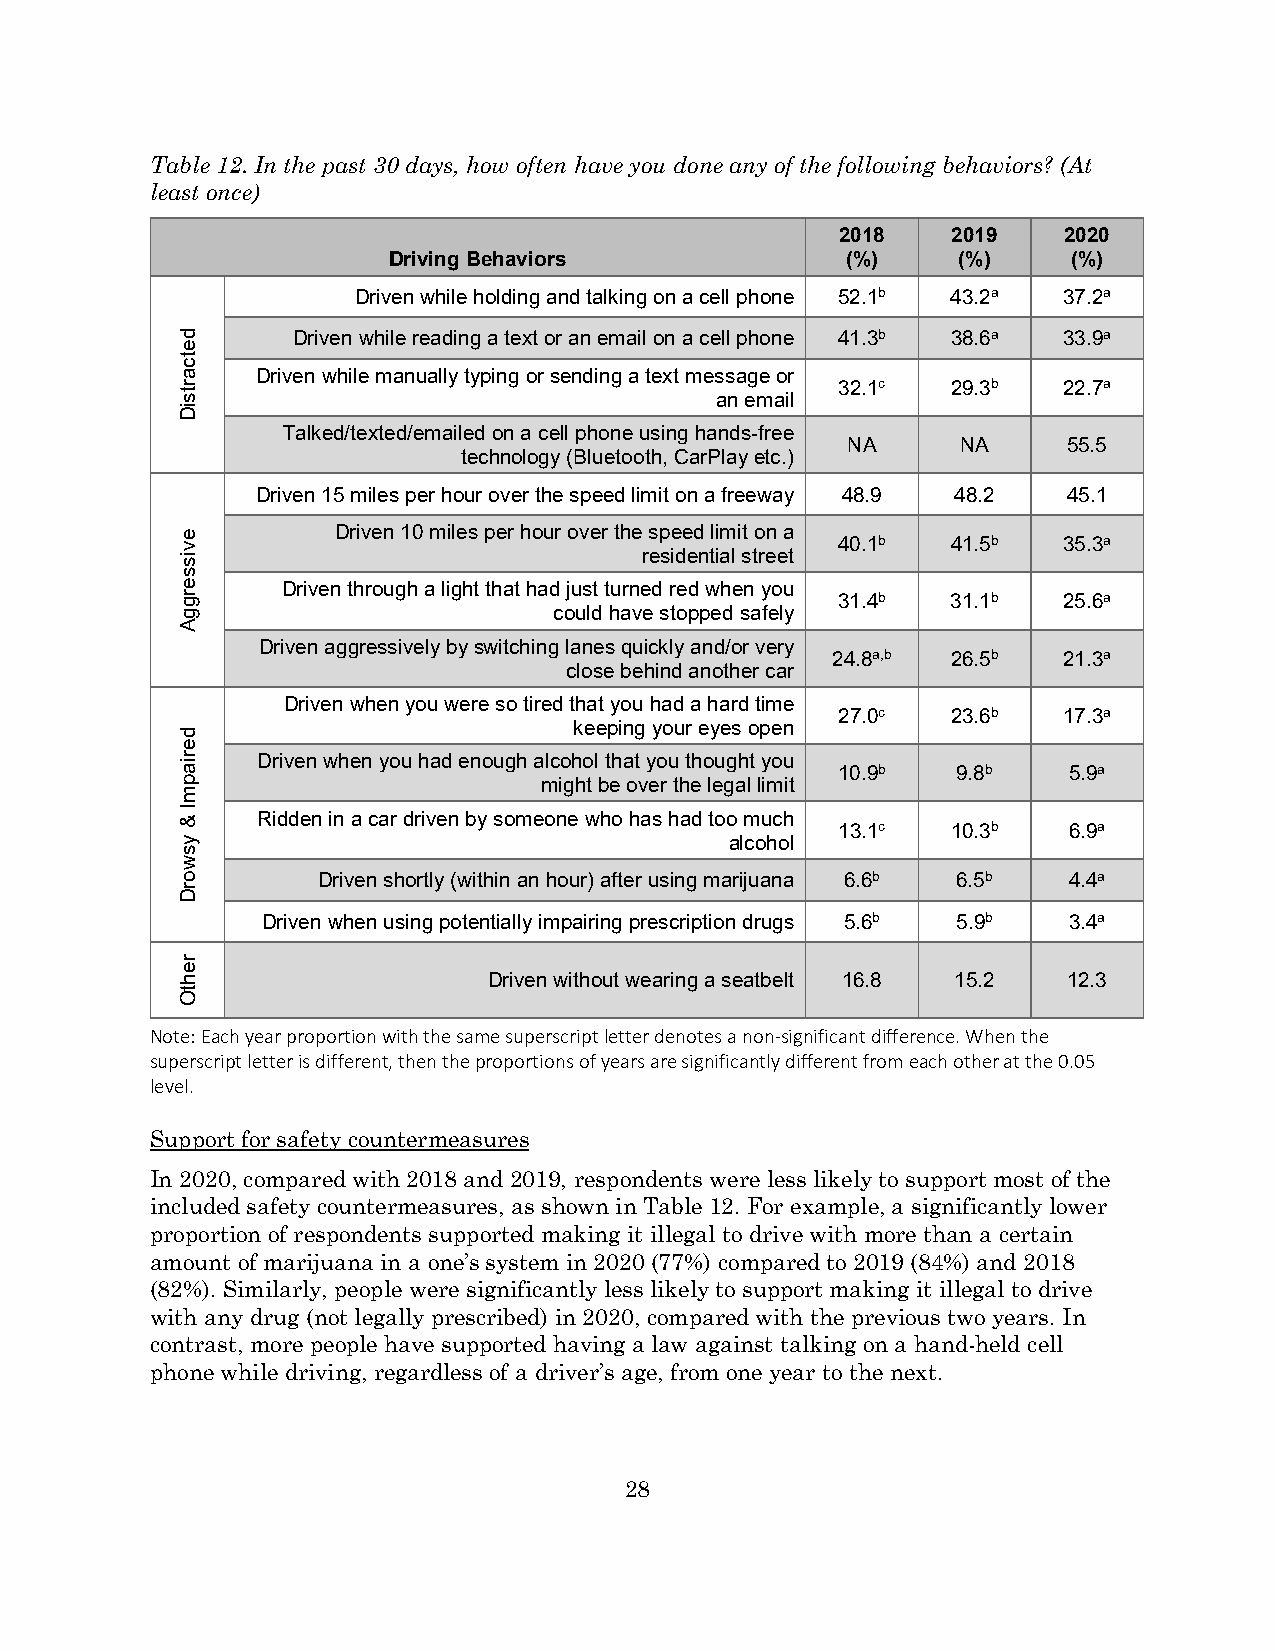
Table 12. In the past 30 days, how often have you done any of the following behaviors? (At
 least once)
 2018   2019   2020
 Driving Behaviors             (%)    (%)     (%)
 Driven while holding and talking on a cell phone 52.1b 43.2a 37.2a
 Driven while reading a text or an email on a cell phone 41.3b 38.6a 33.9a
 Driven while manually typing or sending a text message or
 32.1c   29.3b  22.7a
 an email
 Talked/texted/emailed on a cell phone using hands-free
 NA      NA     55.5
 technology (Bluetooth, CarPlay etc.)
 Driven 15 miles per hour over the speed limit on a freeway 48.9 48.2 45.1
 Driven 10 miles per hour over the speed limit on a
 40.1b   41.5b  35.3a
 residential street
 Driven through a light that had just turned red when you
 31.4b   31.1b  25.6a
 could have stopped safely
 Driven aggressively by switching lanes quickly and/or very
 24.8a,b 26.5b  21.3a
 close behind another car
 Driven when you were so tired that you had a hard time
 27.0c   23.6b  17.3a
 keeping your eyes open
 Driven when you had enough alcohol that you thought you
 10.9b   9.8b    5.9a
 might be over the legal limit
 Ridden in a car driven by someone who has had too much
 13.1c   10.3b   6.9a
 alcohol
 Driven shortly (within an hour) after using marijuana 6.6b 6.5b 4.4a
 Driven when using potentially impairing prescription drugs 5.6b 5.9b 3.4a
 Driven without wearing a seatbelt 16.8 15.2 12.3
 Note: Each year proportion with the same superscript letter denotes a non-significant difference. When the
 superscript letter is different, then the proportions of years are significantly different from each other at the 0.05
 level.
 Support for safety countermeasures
 In 2020, compared with 2018 and 2019, respondents were less likely to support most of the
 included safety countermeasures, as shown in Table 12. For example, a significantly lower
 proportion of respondents supported making it illegal to drive with more than a certain
 amount of marijuana in a one’s system in 2020 (77%) compared to 2019 (84%) and 2018
 (82%). Similarly, people were significantly less likely to support making it illegal to drive
 with any drug (not legally prescribed) in 2020, compared with the previous two years. In
 contrast, more people have supported having a law against talking on a hand-held cell
 phone while driving, regardless of a driver’s age, from one year to the next.
 28
 detcartsiD
 evisserggA
 deriapmI
 &
 ysworD
 rehtO